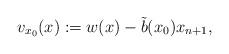
LaTeX: \begin{align*}v_{x_0}(x):= w(x) - \tilde{b}(x_0) x_{n+1},\end{align*}